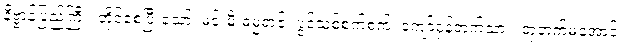
နိဗ္ဗာန်ပြည်ကြီး၊ တိုင်စေပြီးသော်၊ မင်းမီးဓမ္မရာဇ်၊ ပွင့်သစ်စက်စက်၊ ကျော်ဝှန်တက်သား၊ တုဘက်မဲ့အောင်၊